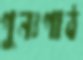
পুনঃপাঠ